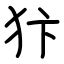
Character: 犿